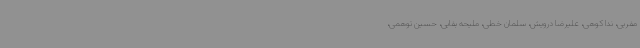
مقربی، ندا کوهی، علیرضا درویش، سلمان خطی، ملیحه بقایی، حسین توهمی،